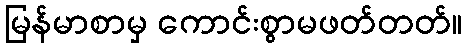
မြန်မာစာမှ ကောင်းစွာမဖတ်တတ်။